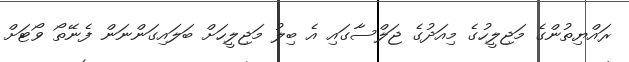
ރައްޔިތުންގެ މަޖިލީހުގެ މިއަދުގެ ޖަލްސާގައި އެ ބިލު މަޖިލީހަށް ބަލައިގަންނަން ފެނޭތޯ ވޯޓަށް